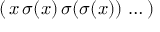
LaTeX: ( \, x \, \sigma ( x ) \, \sigma ( \sigma ( x ) ) \, \ldots \, )